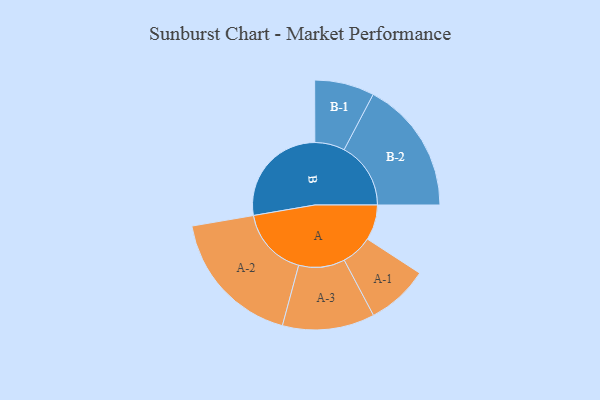
{"axis": {"x": "Segment", "y": "Value"}, "legend": ["", "A", "B"], "data": [{"x": "A", "y": 148, "type": ""}, {"x": "B", "y": 446, "type": ""}, {"x": "A-1", "y": 130, "type": "A"}, {"x": "A-2", "y": 292, "type": "A"}, {"x": "A-3", "y": 193, "type": "A"}, {"x": "B-1", "y": 125, "type": "B"}, {"x": "B-2", "y": 279, "type": "B"}]}